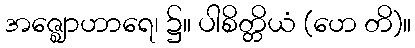
အဇ္ဈောဟာရေ၊ ၌။ ပါစိတ္တိယံ (ဟေ တိ)။